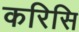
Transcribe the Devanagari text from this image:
करिसि